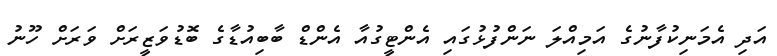
އަދި އެމަނިކުފާނުގެ އަމިއްލަ ނަންފުޅުގައި އެންޓީގުއާ އެންޑް ބާބިއުޑާގެ ބޮޑުވަޒީރަށް ވަރަށް ހޫނު